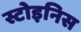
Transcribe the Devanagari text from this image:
स्टोइनिस